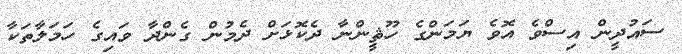
ސައުދީން އިސްވެ އޮވެ ޔަމަންގެ ހޫޘީންނާ ދެކޮޅަށް ދެމުން ގެންދާ ވައިގެ ހަމަލާތަކާ